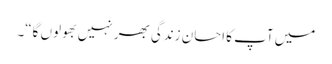
میں آپ کا احسان زندگی بھر نہیں بھولوں گا“۔